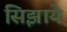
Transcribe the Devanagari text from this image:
सिझाये